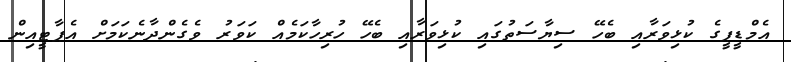
އެމްޑީޕީގެ ކުޅިވަރާއި ބެހޭ ސިޔާސަތުގައި ކުޅިވަރާއި ބެހޭ ހުރިހާކަމެއް ކަވަރު ވެގެންދާނެކަމަށް އެޕާޓީއިން